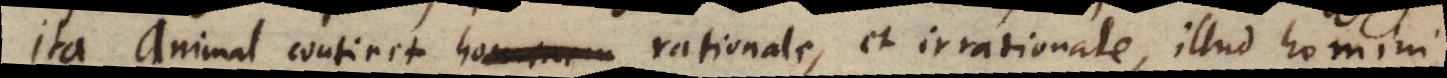
Ita Animal continet hominem rationale, et irrationale, illud homini,